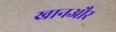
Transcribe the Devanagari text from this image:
खानऔर